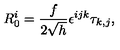
R _ { 0 } ^ { i } = \frac { f } { 2 \sqrt { h } } \epsilon ^ { i j k } \tau _ { k , j } ,